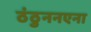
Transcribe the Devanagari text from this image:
ठंठुननएना